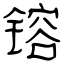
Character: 镕